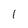
Character: 1